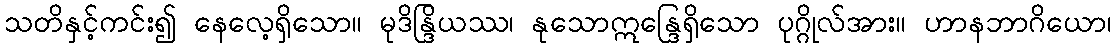
သတိနှင့်ကင်း၍ နေလေ့ရှိသော။ မုဒိန္ဒြိယဿ၊ နုသောဣန္ဒြေရှိသော ပုဂ္ဂိုလ်အား။ ဟာနဘာဂိယော၊